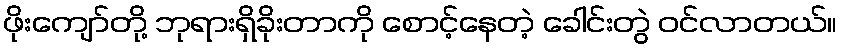
ဖိုးကျော်တို့ ဘုရားရှိခိုးတာကို စောင့်နေတဲ့ ခေါင်းတွဲ ဝင်လာတယ်။